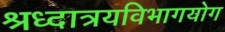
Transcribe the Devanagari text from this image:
श्रध्दात्रयविभागयोग